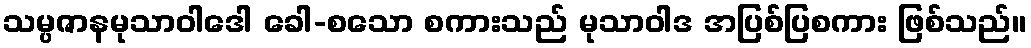
သမ္ပဇာနမုသာဝါဒေါ ခေါ-စသော စကားသည် မုသာဝါဒ အပြစ်ပြစကား ဖြစ်သည်။